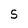
Character: S